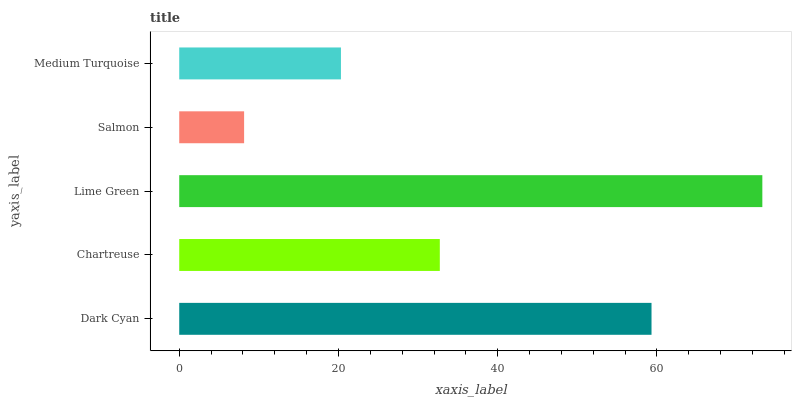
| yaxis_label | bars |
 | --- | --- |
 | Dark Cyan | 59.3 |
 | Chartreuse | 32.7 |
 | Lime Green | 73.2 |
 | Salmon | 8.15 |
 | Medium Turquoise | 20.3 |